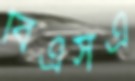
বিএসএ